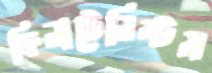
ফিলাটেলিস্টস